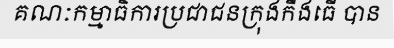
គណៈកម្មាធិការប្រជាជនក្រុងកឹងធើ បាន